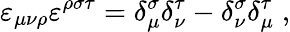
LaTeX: \varepsilon_{\mu\nu\rho}\varepsilon^{\rho\sigma\tau}=\delta_{\mu}^{\sigma}\delta_{\nu}^{\tau}-\delta_{\nu}^{\sigma}\delta_{\mu}^{\tau}\; ,